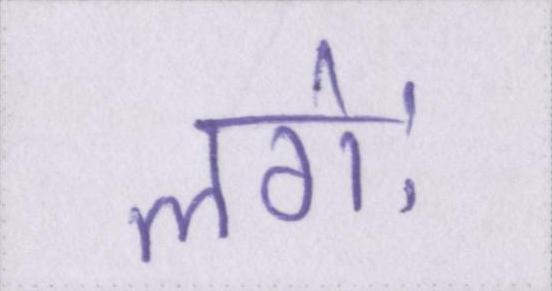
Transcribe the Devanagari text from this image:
लगेः